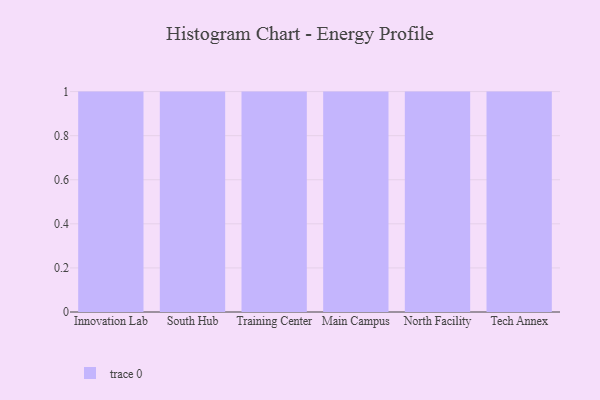
{"axis": {"x": "Campus", "y": "Net Income (USD K)"}, "legend": [""], "data": [{"x": "Innovation Lab", "y": 22, "type": ""}, {"x": "South Hub", "y": 87, "type": ""}, {"x": "Training Center", "y": 7, "type": ""}, {"x": "Main Campus", "y": 1, "type": ""}, {"x": "North Facility", "y": 93, "type": ""}, {"x": "Tech Annex", "y": 43, "type": ""}]}